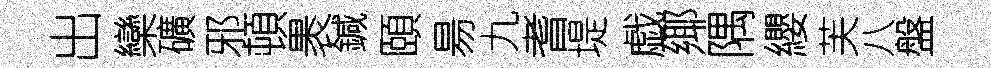
出欒礦邪頓褁鍼頤昜九耆堤戯鄊隅纓芙八盤